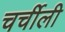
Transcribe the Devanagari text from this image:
चर्चीली